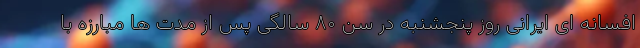
افسانه ای ایرانی روز پنجشنبه در سن ۸۰ سالگی پس از مدت ها مبارزه با